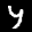
Digit: 4